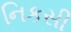
નિકસી